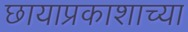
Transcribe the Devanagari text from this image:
छायाप्रकाशाच्या